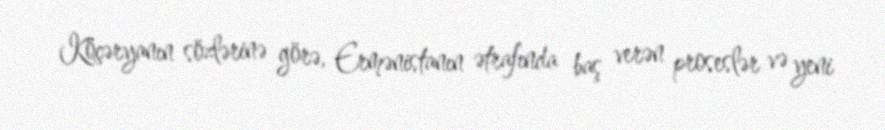
Köçəryanın sözlərinə görə, Ermənistanın ətrafında baş verən proseslər və yeni